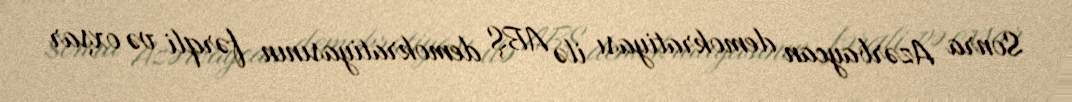
Sonra Azərbaycan demokratiyası ilə ABŞ demokratiyasının fərqli və oxşar